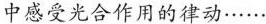
中感受光合作用的律动……